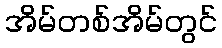
အိမ်တစ်အိမ်တွင်